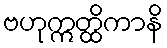
ဗဟုဣတ္ထိကာနိ